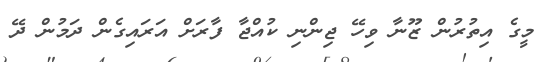
މީގެ އިތުރުން ޒޫނާ ވިހޭ ޖިންނި ކުއްޖާ ފާރަށް އަރައިގެން ދަމުން ދޭ